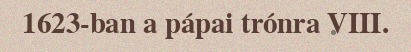
1623-ban a pápai trónra VIII.